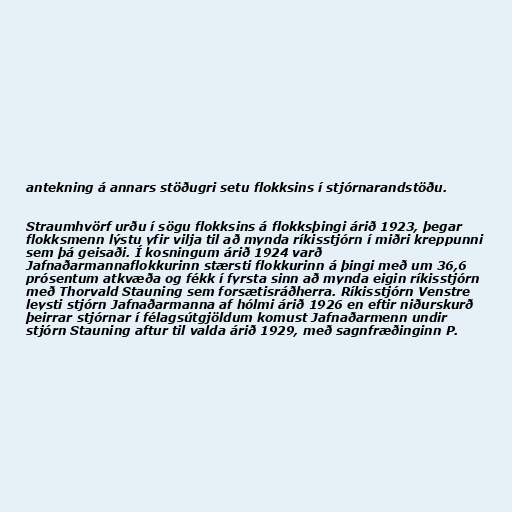
antekning á annars stöðugri setu flokksins í stjórnarandstöðu.

Straumhvörf urðu í sögu flokksins á flokksþingi árið 1923, þegar
flokksmenn lýstu yfir vilja til að mynda ríkisstjórn í miðri kreppunni
sem þá geisaði. Í kosningum árið 1924 varð
Jafnaðarmannaflokkurinn stærsti flokkurinn á þingi með um 36,6
prósentum atkvæða og fékk í fyrsta sinn að mynda eigin ríkisstjórn
með Thorvald Stauning sem forsætisráðherra. Ríkisstjórn Venstre
leysti stjórn Jafnaðarmanna af hólmi árið 1926 en eftir niðurskurð
þeirrar stjórnar í félagsútgjöldum komust Jafnaðarmenn undir
stjórn Stauning aftur til valda árið 1929, með sagnfræðinginn P.